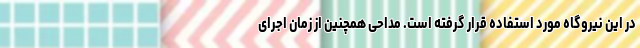
در این نیروگاه مورد استفاده قرار گرفته است. مداحی همچنین از زمان اجرای